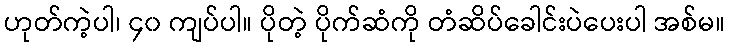
ဟုတ်ကဲ့ပါ၊ ၄၀ ကျပ်ပါ။ ပိုတဲ့ ပိုက်ဆံကို တံဆိပ်ခေါင်းပဲပေးပါ အစ်မ။